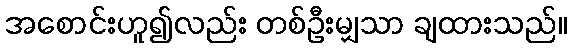
အစောင်းဟူ၍လည်း တစ်ဦးမျှသာ ချထားသည်။